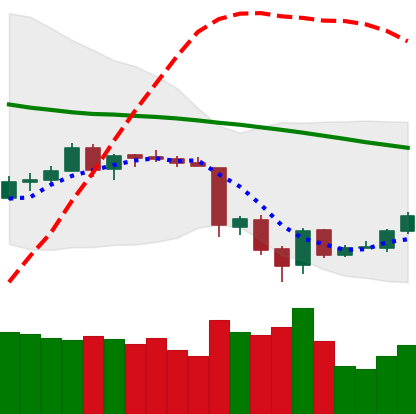
Ticker: ETH-USD
Chart end date: 2018-06-19
Forward return: -14.924%
Label: down_7plus